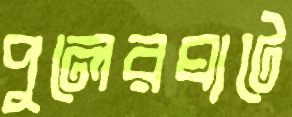
পুলেরঘাটে